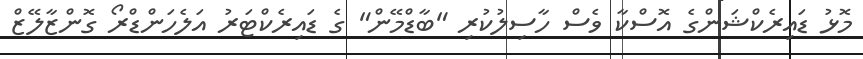
މޮޅު ޑައިރެކްޝަންގެ އޮސްކާ ވެސް ހާސިލުކުރި "ބާޑްމޭން" ގެ ޑައިރެކްޓަރު އަލެހަންޑްރޯ ގޮންޒާލޭޒް